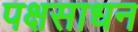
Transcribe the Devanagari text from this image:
पक्षसाधन